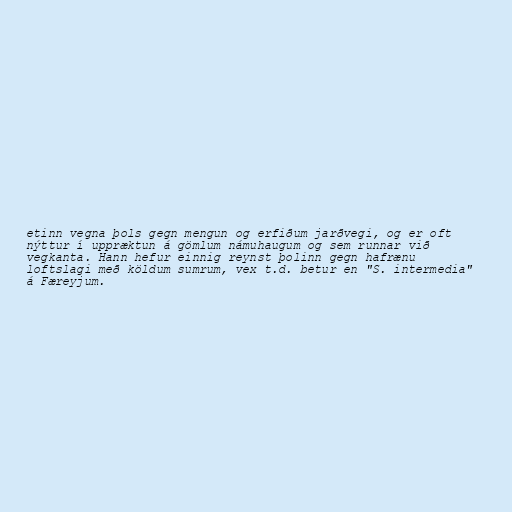
etinn vegna þols gegn mengun og erfiðum jarðvegi, og er oft
nýttur í uppræktun á gömlum námuhaugum og sem runnar við
vegkanta. Hann hefur einnig reynst þolinn gegn hafrænu
loftslagi með köldum sumrum, vex t.d. betur en "S. intermedia"
á Færeyjum.